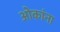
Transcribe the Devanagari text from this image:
ओकांना